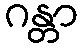
ဂန္တာ